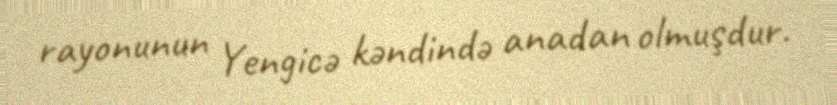
rayonunun Yengicə kəndində anadan olmuşdur.